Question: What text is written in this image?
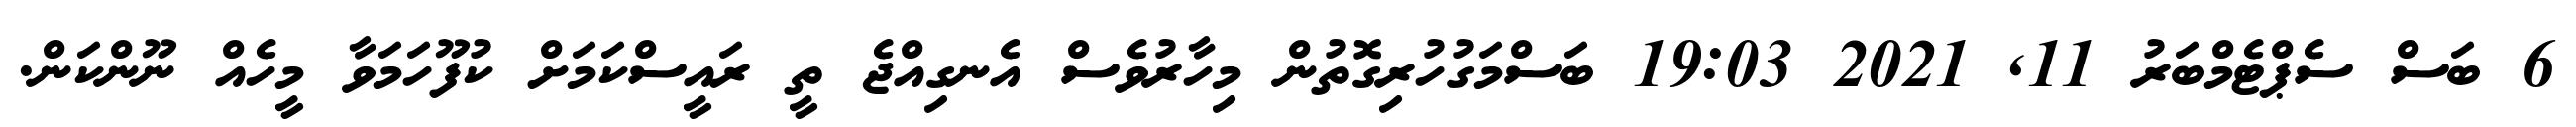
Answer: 6 ބަސް ސެޕްޓެމްބަރު 11, 2021 19:03 ބަސްމަގުހުރިގޮތުން މިހާރުވެސް އެނގިއްޖެ ތީ ރައީސްކަމަށް ކުފޫހަމަވާ މީހެއް ނޫންކަން.